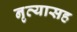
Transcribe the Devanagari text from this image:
नृत्यासह